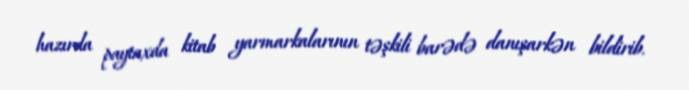
hazırda paytaxda kitab yarmarkalarının təşkili barədə danışarkən bildirib.